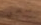
سخي